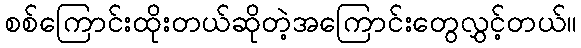
စစ်ကြောင်းထိုးတယ်ဆိုတဲ့အကြောင်းတွေလွှင့်တယ်။